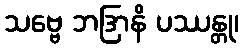
သဗ္ဗေ ဘဒြာနိ ပဿန္တု၊